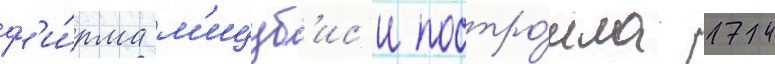
ф'и́рма м'ицуб'ис'и постро́ила 174